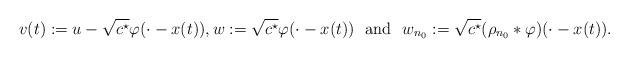
LaTeX: \begin{align*}v(t):=u-\sqrt{c^\star}\varphi(\cdot-x(t)), w:=\sqrt{c^\star}\varphi(\cdot-x(t)) \ \hbox{ and } \ w_{n_0}:=\sqrt{c^\star}(\rho_{n_0}*\varphi)(\cdot-x(t)).\end{align*}